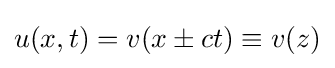
u(x,t)=v(x\pm ct)\equiv v(z)